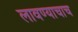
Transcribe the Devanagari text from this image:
लावण्याचाच